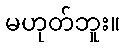
မဟုတ်ဘူး။